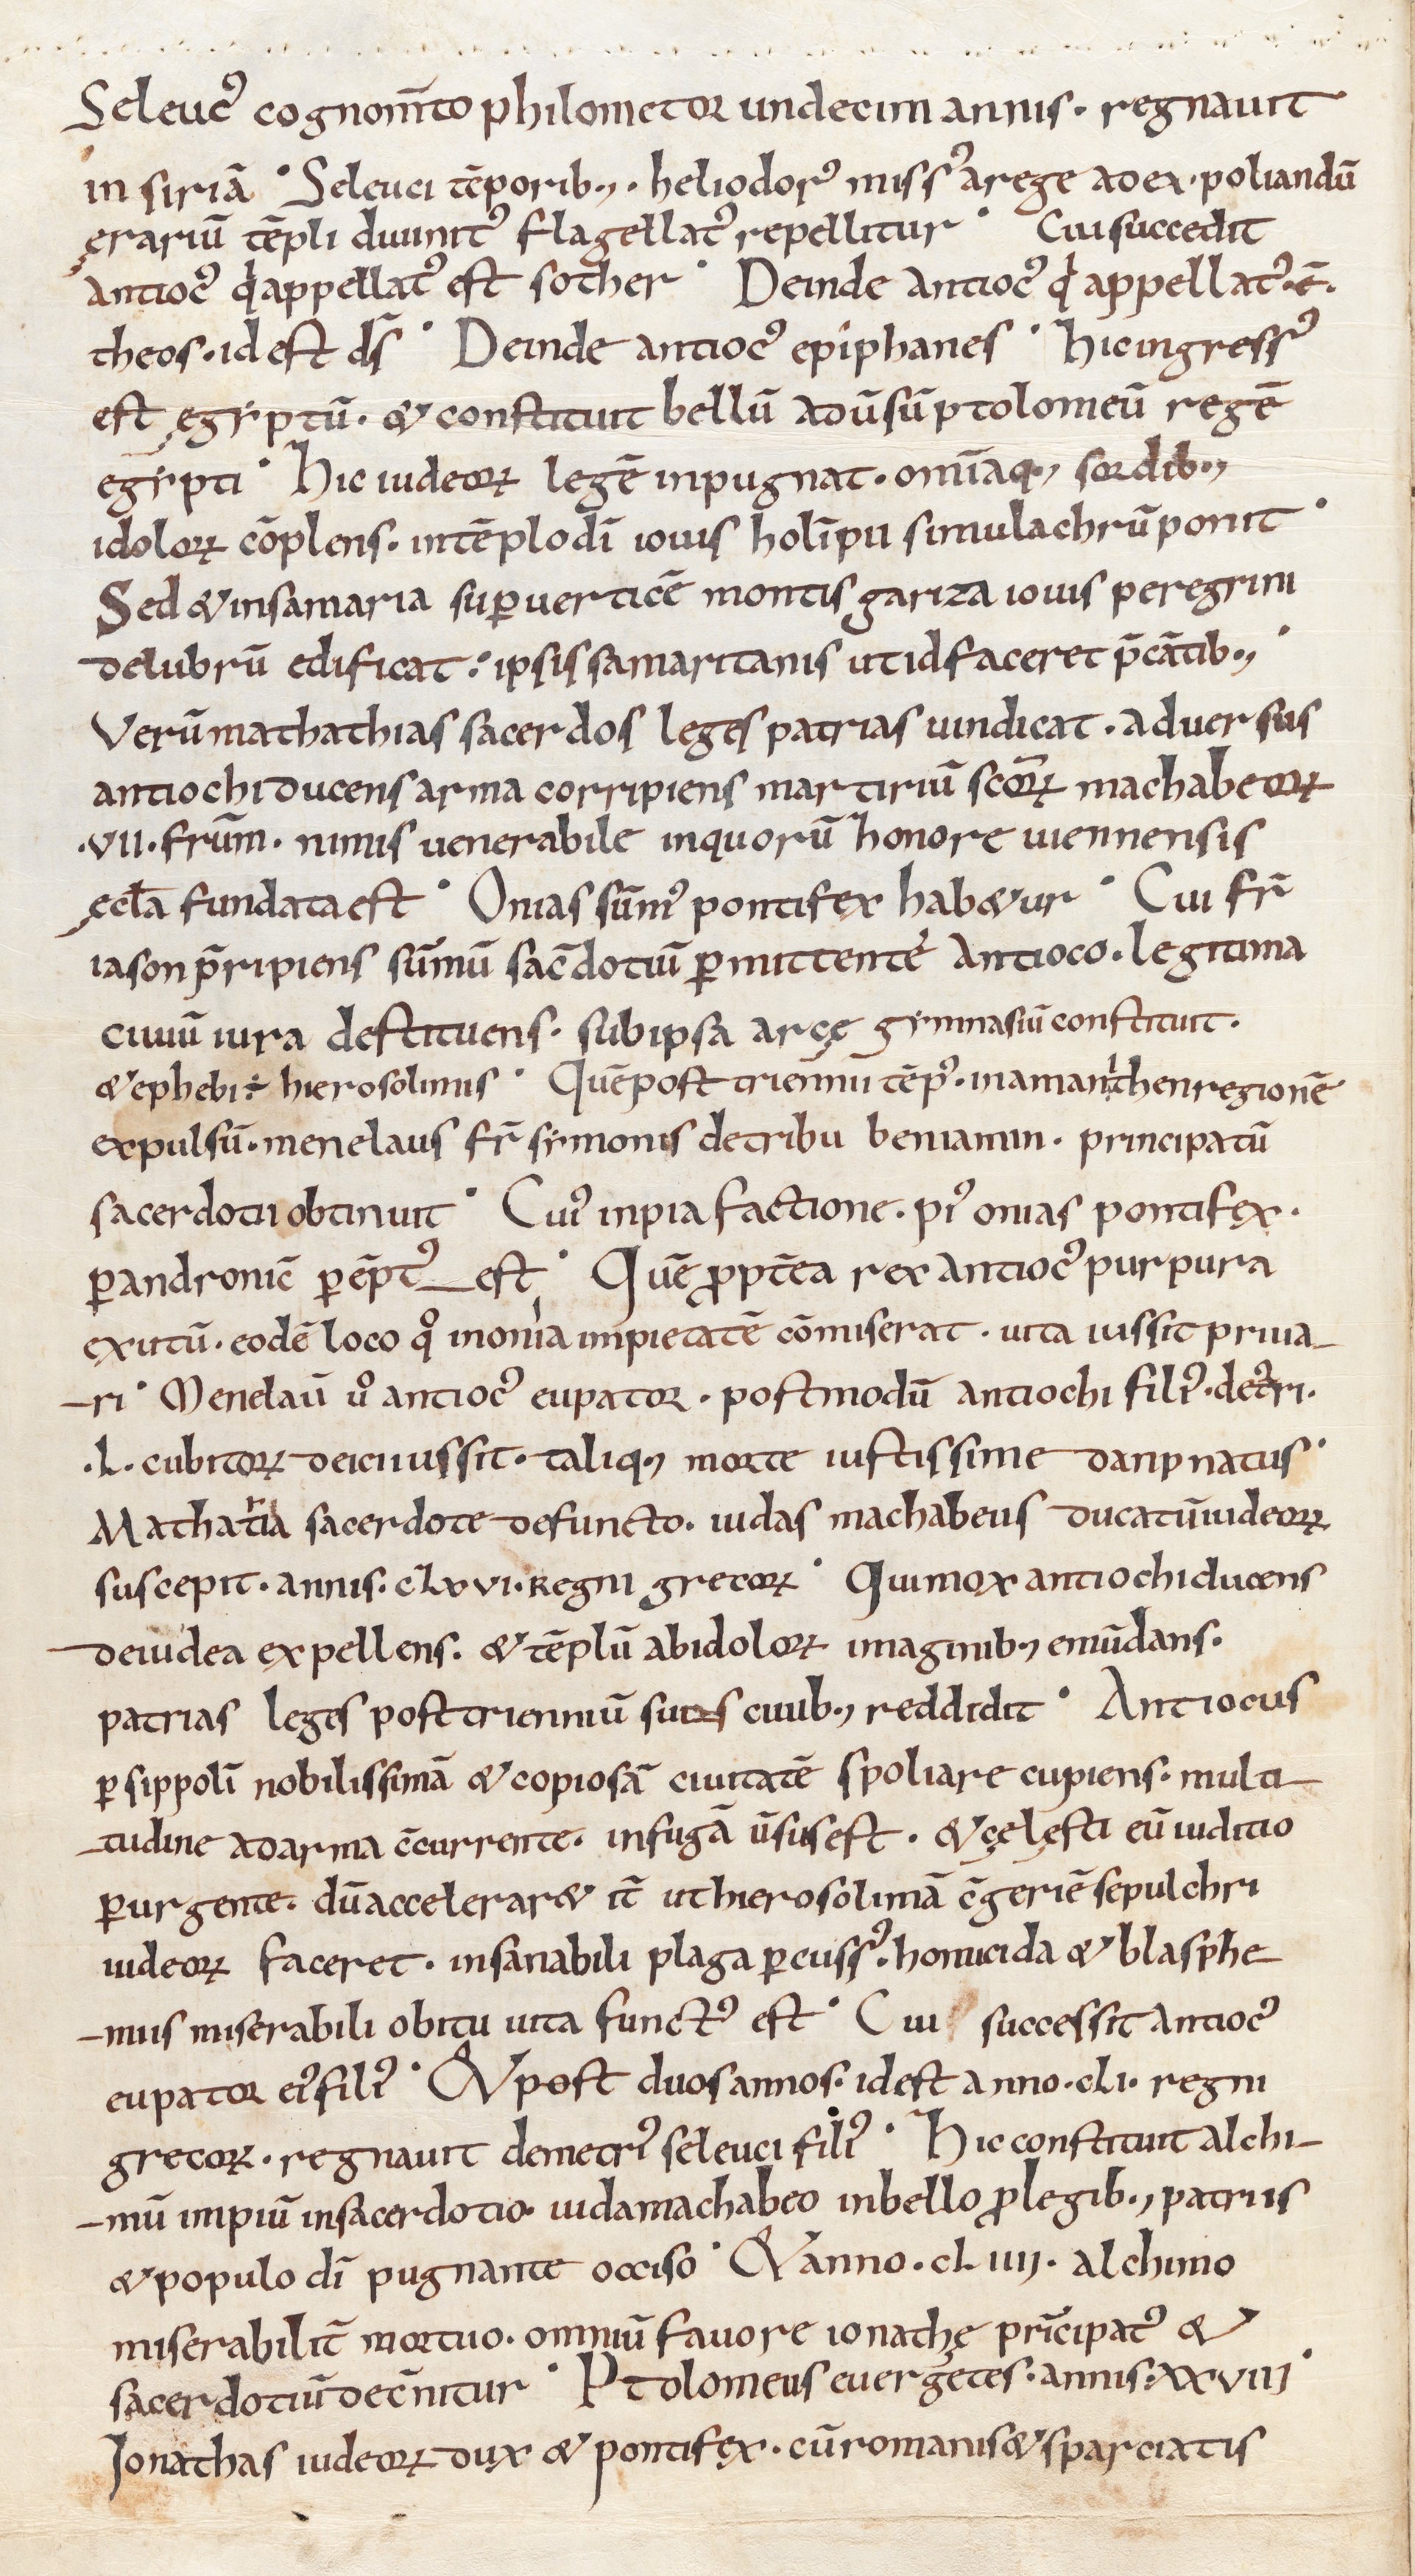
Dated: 1039–1056